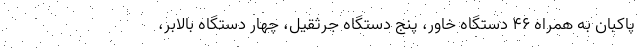
پاکبان به همراه ۴۶ دستگاه خاور، پنج دستگاه جرثقیل، چهار دستگاه بالابر،